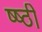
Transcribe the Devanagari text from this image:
ष्ष्ठी